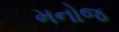
મનોજ